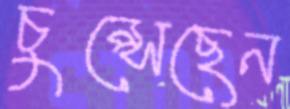
চুপ্‌সেছেন